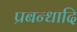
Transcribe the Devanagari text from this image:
प्रबन्धादि